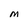
Character: M